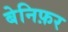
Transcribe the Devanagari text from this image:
बेनिफ़र